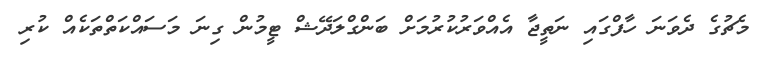
މެޗުގެ ދެވަނަ ހާފްގައި ނަތީޖާ އެއްވަރުކުރުމަށް ބަންގްލަދޭޝް ޓީމުން ގިނަ މަސައްކަތްތަކެއް ކުރި